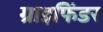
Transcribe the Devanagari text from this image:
ग्राइफिंडर